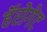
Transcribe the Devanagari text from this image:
हॅरोगेट